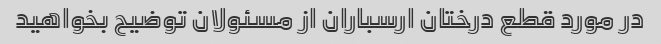
در مورد قطع درختان ارسباران از مسئولان توضیح بخواهید